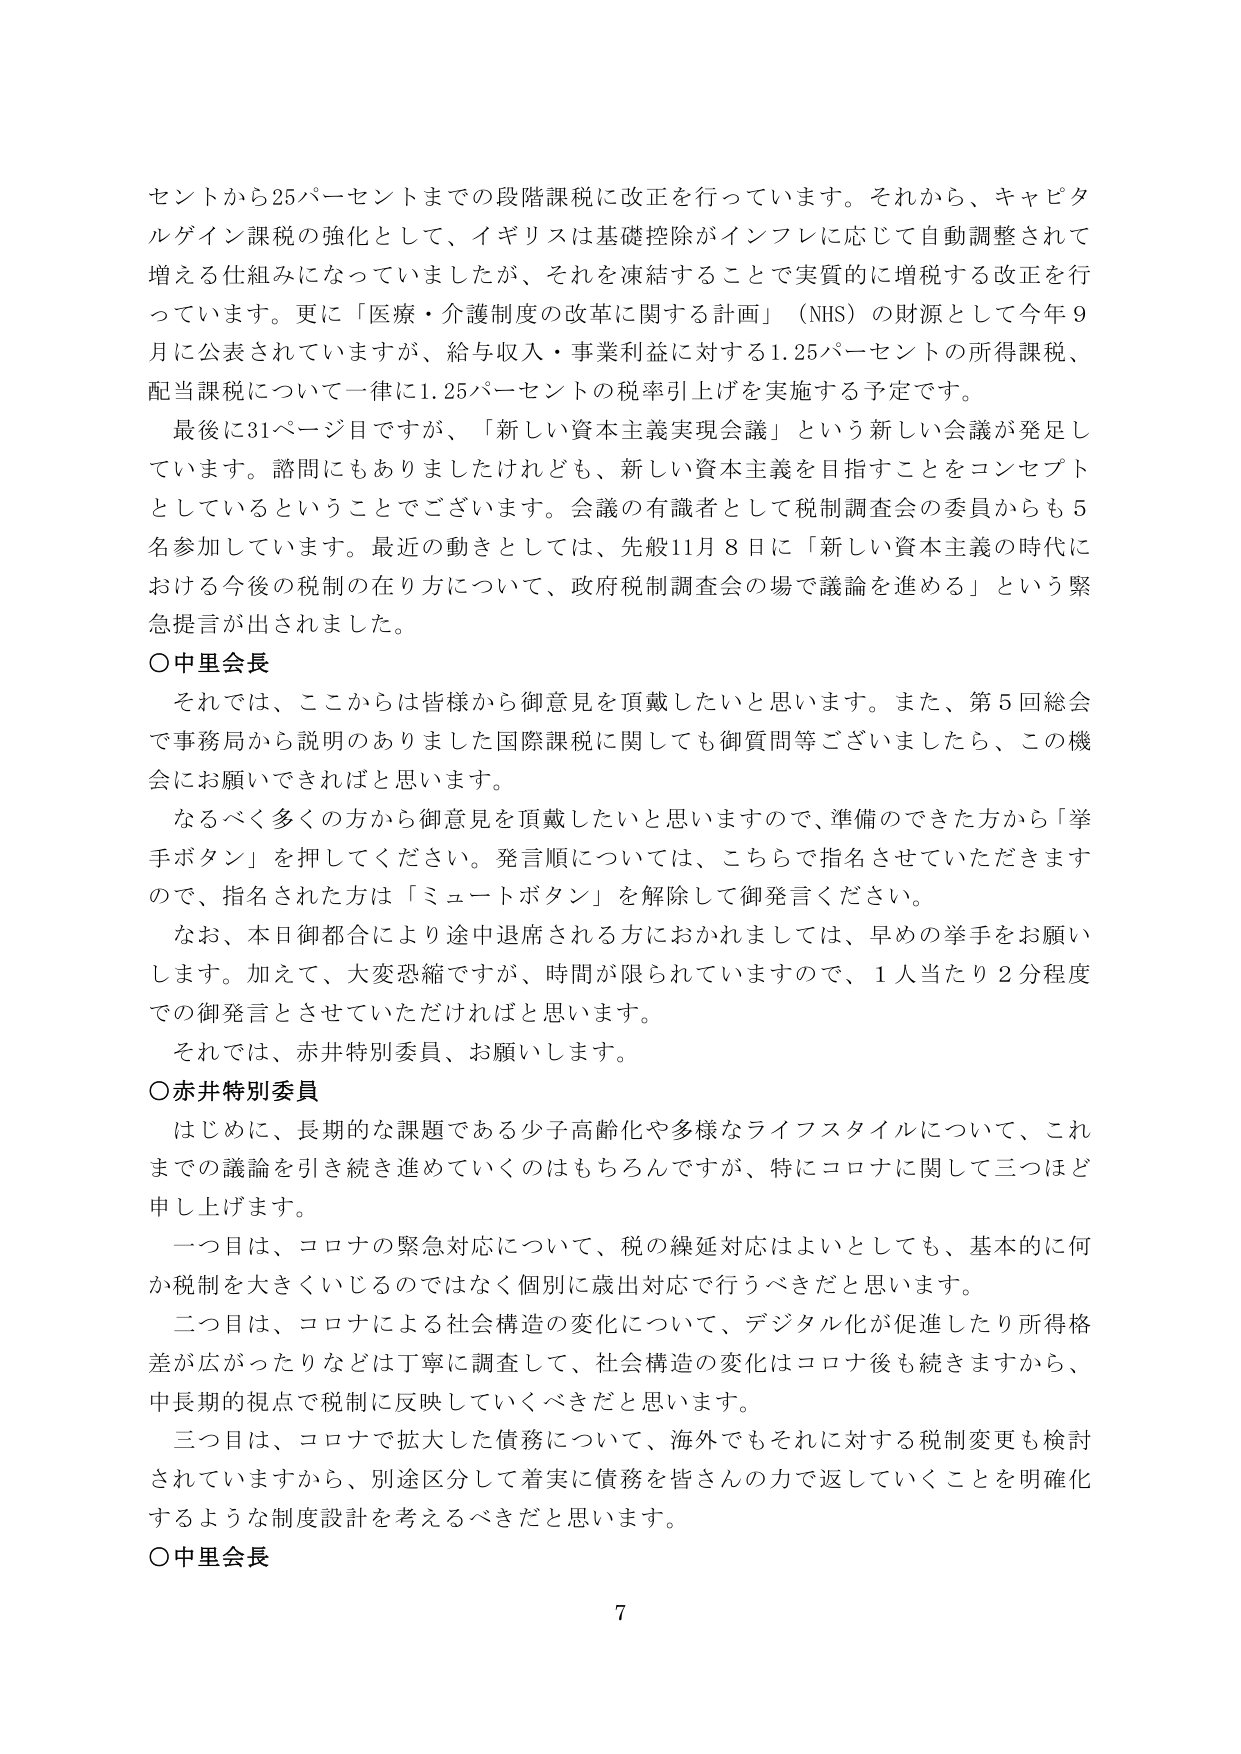
セントから25パーセントまでの段階課税に改正を行っています。それから、キャピタルゲイン課税の強化として、イギリスは基礎控除がインフレに応じて自動調整されて増える仕組みになっていましたが、それを凍結することで実質的に増税する改正を行っています。更に「医療・介護制度の改革に関する計画」（NHS）の財源として今年9月に公表されていますが、給与収入・事業利益に対する1.25パーセントの所得課税、配当課税について一律に1.25パーセントの税率引き上げを実施する予定です。

最後に31ページ目ですが、「新しい資本主義実現会議」という新しい会議が発足しています。諮問にもありましたけれども、新しい資本主義を目指すことをコンセプトとしているということでございます。会議の有識者として税制調査会の委員からも5名参加しています。最近の動きとしては、先般11月8日に「新しい資本主義の時代における今後の税制の在り方について、政府税制調査会の場で議論を進める」という緊急提言が出されました。

〇中里会長

それでは、ここからは皆様から御意見を頂戴したいと思います。また、第5回総会で事務局から説明がありました国際課税に関しても御質問等ございましたら、この機会にお願いできればと思います。

なるべく多くの方から御意見を頂戴したいと思いますので、準備のできた方から「挙手ボタン」を押してください。発言順については、こちらで指名させていただきますので、指名された方は「ミュートボタン」を解除して御発言ください。

なお、本日御都合により途中退席される方におかれましては、早めの挙手をお願いします。加えて、大変恐縮ですが、時間が限られていますので、1人当たり2分程度での御発言とさせていただければと思います。

それでは、赤井特別委員、お願いします。

〇赤井特別委員

はじめに、長期的な課題である少子高齢化や多様なライフスタイルについて、これまでの議論を引き続き進めていくのはもちろんですが、特にコロナに関して三つほど申し上げます。

一つ目は、コロナの緊急対応について、税の繰延対応はよいとしても、基本的に何か税制を大きくいじるのではなく個別に歳出対応で行うべきだと思います。

二つ目は、コロナによる社会構造の変化について、デジタル化が促進したり所得格差が広がったりなどは丁寧に調査して、社会構造の変化はコロナ後も続きますから、中長期的視点で税制に反映していくべきだと思います。

三つ目は、コロナで拡大した債務について、海外でもそれに対する税制変更も検討されていますから、別途区分して着実に債務を皆さんの力で返していくことを明確化するような制度設計を考えるべきだと思います。

〇中里会長

7